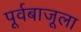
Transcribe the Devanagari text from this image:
पूर्वबाजूला